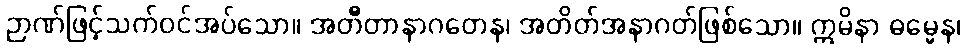
ဉာဏ်ဖြင့်သက်ဝင်အပ်သော။ အတီတာနာဂတေန၊ အတိတ်အနာဂတ်ဖြစ်သော။ ဣမိနာ ဓမ္မေန၊